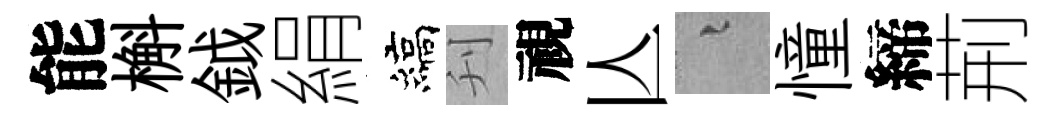
能槲鉞絹縞刋視亾融憧締荊